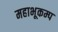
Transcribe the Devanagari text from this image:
महाभूकम्प